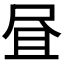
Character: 𱚹